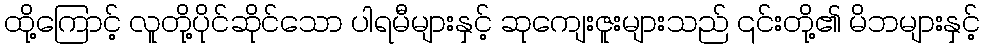
ထို့ကြောင့် လူတို့ပိုင်ဆိုင်သော ပါရမီများနှင့် ဆုကျေးဇူးများသည် ၎င်းတို့၏ မိဘများနှင့်